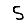
Digit: 5